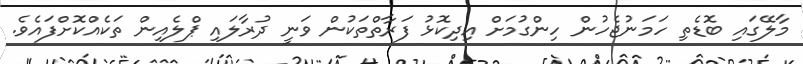
މާލޭގައި ބޮޑެތި ހަމަނުޖެހުން ހިންގުމަށް އިދިކޮޅު ފަރާތްތަކުން ވަނީ ދުރާލައި ޕްލެއިން ތަކެއްކޮށްފައެވެ.